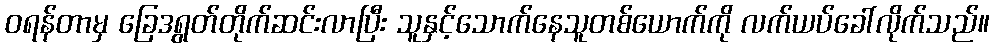
ဝရန်တာမှ ခြေဒရွတ်တိုက်ဆင်းလာပြီး သူနှင့်သောက်နေသူတစ်ယောက်ကို လက်ယပ်ခေါ်လိုက်သည်။